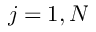
j = 1 , N